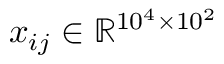
x _ { i j } \in \mathbb { R } ^ { 1 0 ^ { 4 } \times 1 0 ^ { 2 } }